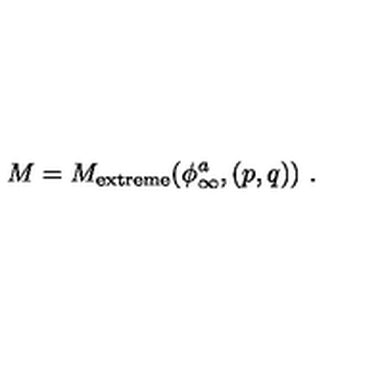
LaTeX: M = M _ { \mathrm { { e x t r e m e } } } ( \phi _ { \infty } ^ { a } , ( p , q ) ) \ .